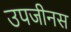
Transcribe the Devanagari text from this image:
उपजीनस